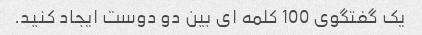
یک گفتگوی 100 کلمه ای بین دو دوست ایجاد کنید.